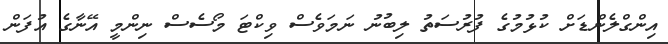
އިންގްލެންޑަށް ކުޅުމުގެ ފުރުސަތު ލިބުނު ނަމަވެސް ވިކްޓަ މޯސެސް ނިންމީ އޭނާގެ އުފަން